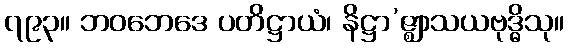
၇၉၃။ ဘဝဘေဒေ ပတိဋ္ဌာယံ၊ နိဋ္ဌာ’ဇ္ဈာသယဗုဒ္ဓိသု။